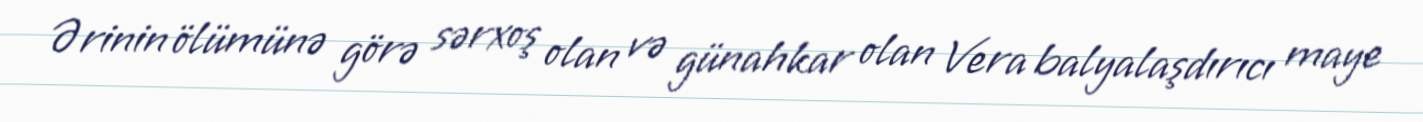
Ərinin ölümünə görə sərxoş olan və günahkar olan Vera balyalaşdırıcı maye